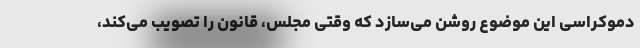
دموکراسی این موضوع روشن می‌سازد که وقتی مجلس، قانون را تصویب می‌کند،